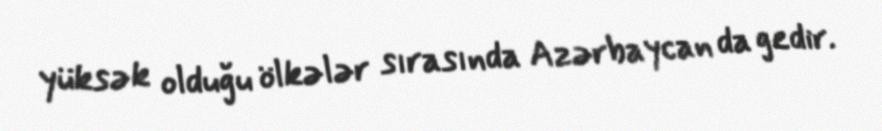
yüksək olduğu ölkələr sırasında Azərbaycan da gedir.